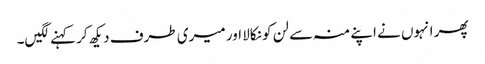
پھر انہوں نے اپنے منہ سے لن کو نکالا اور میری طرف دیکھ کر کہنے لگیں۔